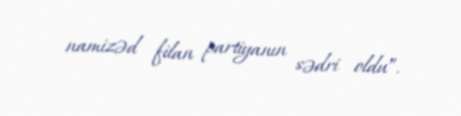
namizəd filan partiyanın sədri oldu”.